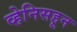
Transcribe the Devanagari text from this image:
व्हेनिसहून